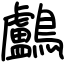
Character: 鸕